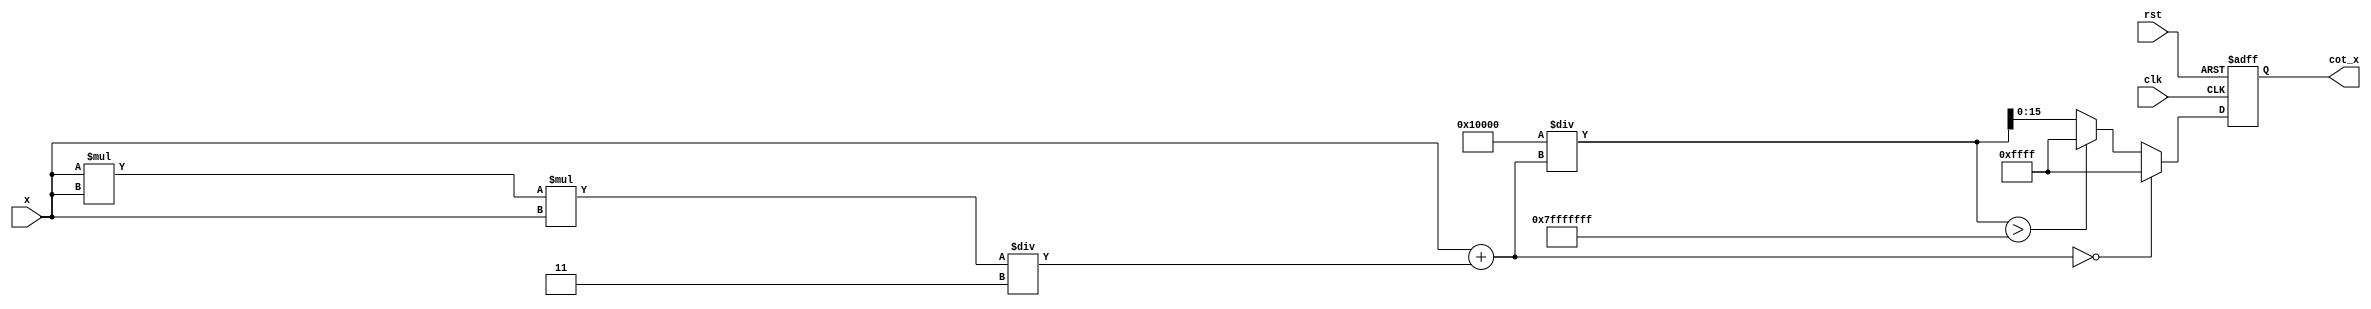
module cotangent (
    input  wire [15:0] x,      // Input angle in radians (fixed-point)
    output reg  [15:0] cot_x,  // Output cotangent value (fixed-point)
    input  wire clk,
    input  wire rst
);
    
    reg signed [31:0] tan_x;   // Extended range for tangent output
    reg signed [31:0] tan_x_inv; // Inverse of tangent
    reg signed [31:0] max_value; // Maximum representable value for saturation
    reg signed [31:0] temp; // Temporary variable for calculations

    // Initialize max_value for saturation
    initial begin
        max_value = 32'h7FFFFFFF; // maximum value for 32-bit signed integer
    end

    always @(posedge clk or posedge rst) begin
        if (rst) begin
            cot_x <= 16'd0; // Reset output
        end else begin
            // Calculate tangent using a simplified Taylor series (up to x^3)
            // tan(x)  x + (x^3 / 3)
            tan_x = x + (x * x * x) / 32'd3;

            // Check for edge case where tan(x) is near zero
            if (tan_x == 0) begin
                // Output max value to indicate overflow (infinity)
                cot_x <= max_value[15:0];
            end else begin
                // Calculate the inverse of tangent (cotangent)
                // cot(x) = 1/tan(x) => cot(x) = (1 << 16) / tan_x (fixed-point adjustment)
                temp = (32'h1 << 16) / tan_x; // Shift left for fixed-point conversion
                // Check for overflow condition
                if (temp > max_value) begin
                    cot_x <= max_value[15:0]; // Saturate to max value
                end else begin
                    cot_x <= temp[15:0]; // Assign lower 16 bits as result
                end
            end
        end
    end

endmodule